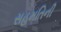
સહમતિની